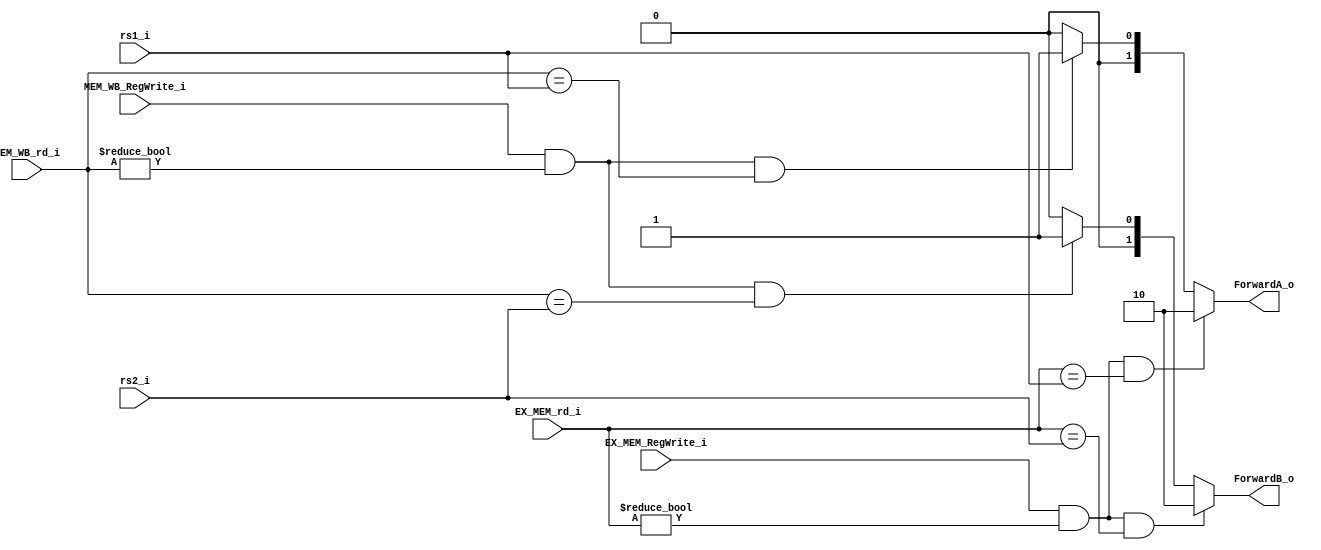
// ********************************************************************************** // 
//---------------------------------------------------------------------
// forwarding_unit()
//---------------------------------------------------------------------
module forwarding_unit (
    input  wire        [   4:0]         rs1_i                      ,
    input  wire        [   4:0]         rs2_i                      ,
    input  wire        [   4:0]         EX_MEM_rd_i                ,
    input  wire        [   4:0]         MEM_WB_rd_i                ,

    input  wire                         EX_MEM_RegWrite_i          ,
    input  wire                         MEM_WB_RegWrite_i          ,

    output reg         [   1:0]         ForwardA_o                 ,
    output reg         [   1:0]         ForwardB_o                  
);

always@(*)begin
    if (EX_MEM_RegWrite_i && EX_MEM_rd_i != 5'd0 && EX_MEM_rd_i == rs1_i)
        ForwardA_o = 2'b10;
    else if (MEM_WB_RegWrite_i && MEM_WB_rd_i != 5'd0 && MEM_WB_rd_i == rs1_i)
        ForwardA_o = 2'b01;
    else
        ForwardA_o = 2'b00;
end

always@(*)begin
    if (EX_MEM_RegWrite_i && EX_MEM_rd_i != 5'd0 && EX_MEM_rd_i == rs2_i)
        ForwardB_o = 2'b10;
    else if (MEM_WB_RegWrite_i && MEM_WB_rd_i != 5'd0 && MEM_WB_rd_i == rs2_i)
        ForwardB_o = 2'b01;
    else
        ForwardB_o = 2'b00;
end
endmodule